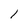
Character: 1